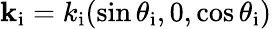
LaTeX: {\mathbf k}_{\mathrm{i}}=k_{\mathrm{i}}(\sin\theta_{\mathrm{i}},0,\cos\theta_{\mathrm{i}})